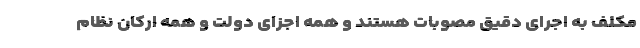
مکلف به اجرای دقیق مصوبات هستند و همه اجزای دولت و همه ارکان نظام